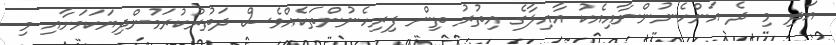
އަދި މި ދެ އަންހެނުންނާއިއެކު އާއިލާގެ އިތުރު ތިން ފިރިހެނުންތަކެއްވެސް ދަތުރުކުރަމުންދިޔަކަމަށާއި މި